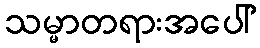
သမ္မာတရားအပေါ်